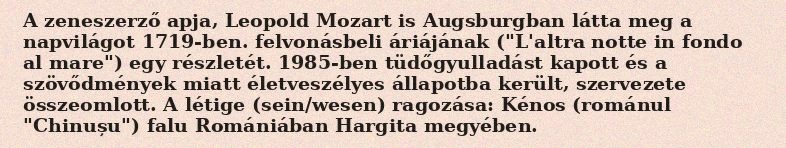
A zeneszerző apja, Leopold Mozart is Augsburgban látta meg a napvilágot 1719-ben. felvonásbeli áriájának ("L'altra notte in fondo al mare") egy részletét. 1985-ben tüdőgyulladást kapott és a szövődmények miatt életveszélyes állapotba került, szervezete összeomlott. A létige (sein/wesen) ragozása: Kénos (románul "Chinușu") falu Romániában Hargita megyében.